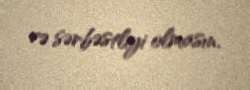
və sərbəstliyi olmasın.